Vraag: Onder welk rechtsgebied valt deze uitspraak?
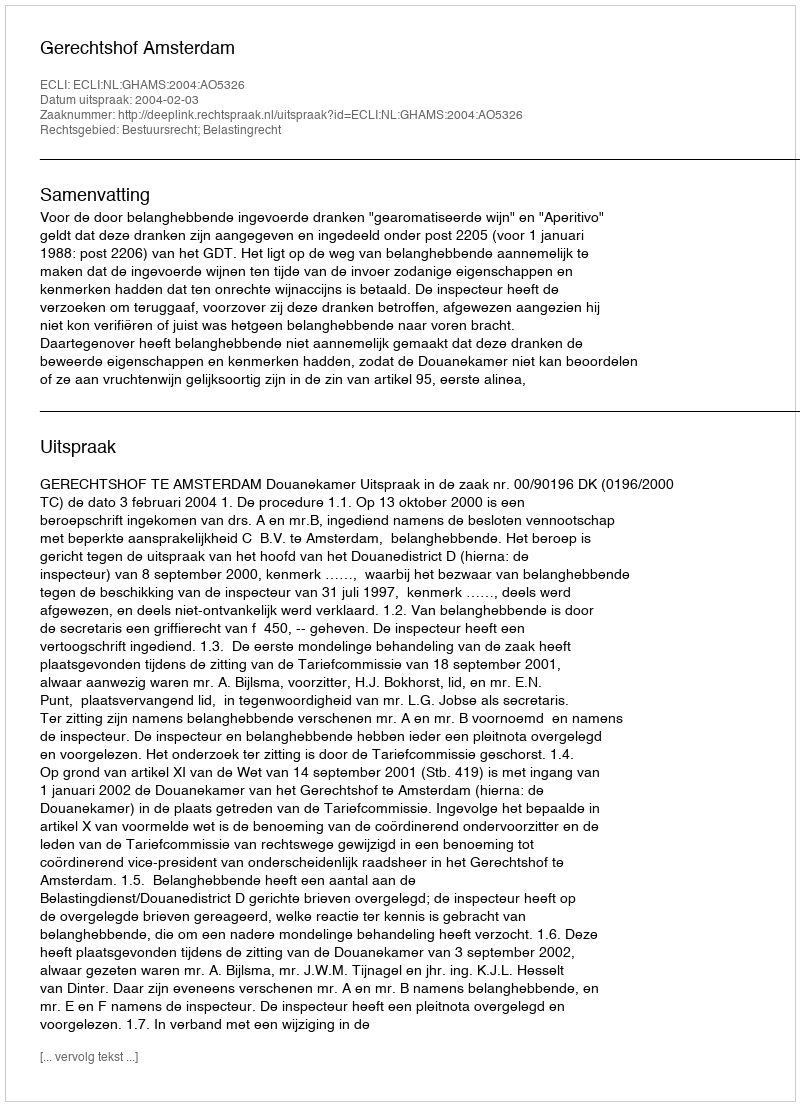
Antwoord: Bestuursrecht; Belastingrecht